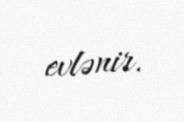
evlənir.